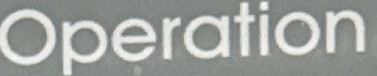
Operation